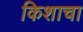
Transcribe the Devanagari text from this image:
किशाचा